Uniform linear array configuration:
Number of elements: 16
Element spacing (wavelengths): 0.5
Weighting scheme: uniform
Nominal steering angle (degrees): -45
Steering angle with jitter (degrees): -43.348
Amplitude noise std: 0.05
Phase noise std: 0.05

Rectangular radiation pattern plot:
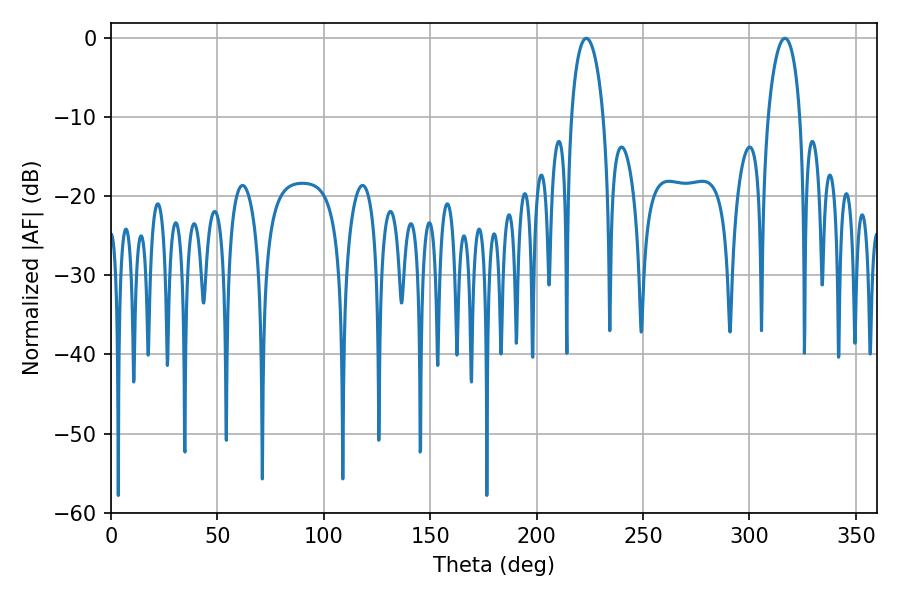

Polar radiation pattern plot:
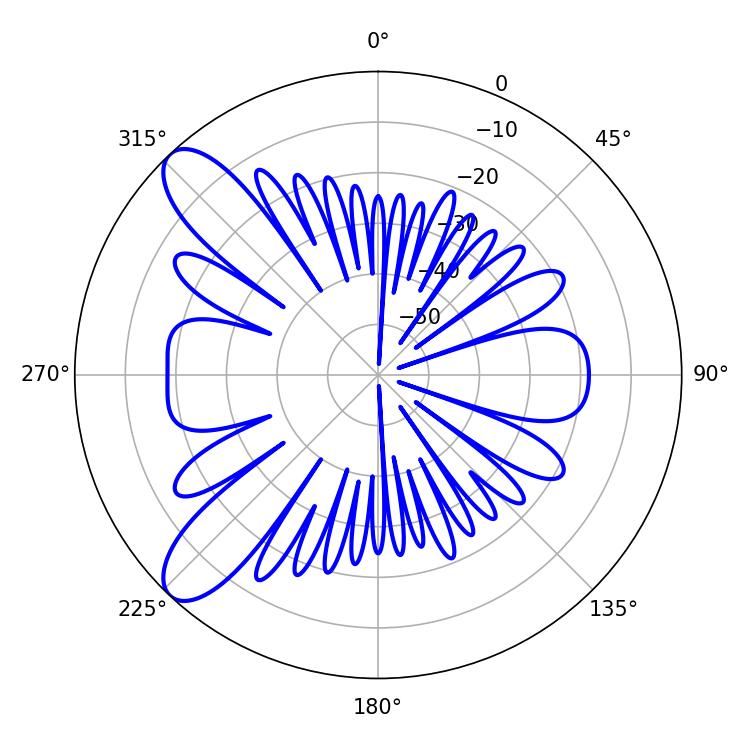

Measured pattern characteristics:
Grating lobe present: FALSE
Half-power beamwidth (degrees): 8.64
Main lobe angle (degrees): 223.38